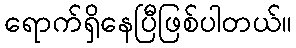
ရောက်ရှိနေပြီဖြစ်ပါတယ်။